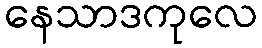
နေသာဒကုလေ